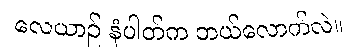
လေယာဉ် နံပါတ်က ဘယ်လောက်လဲ။